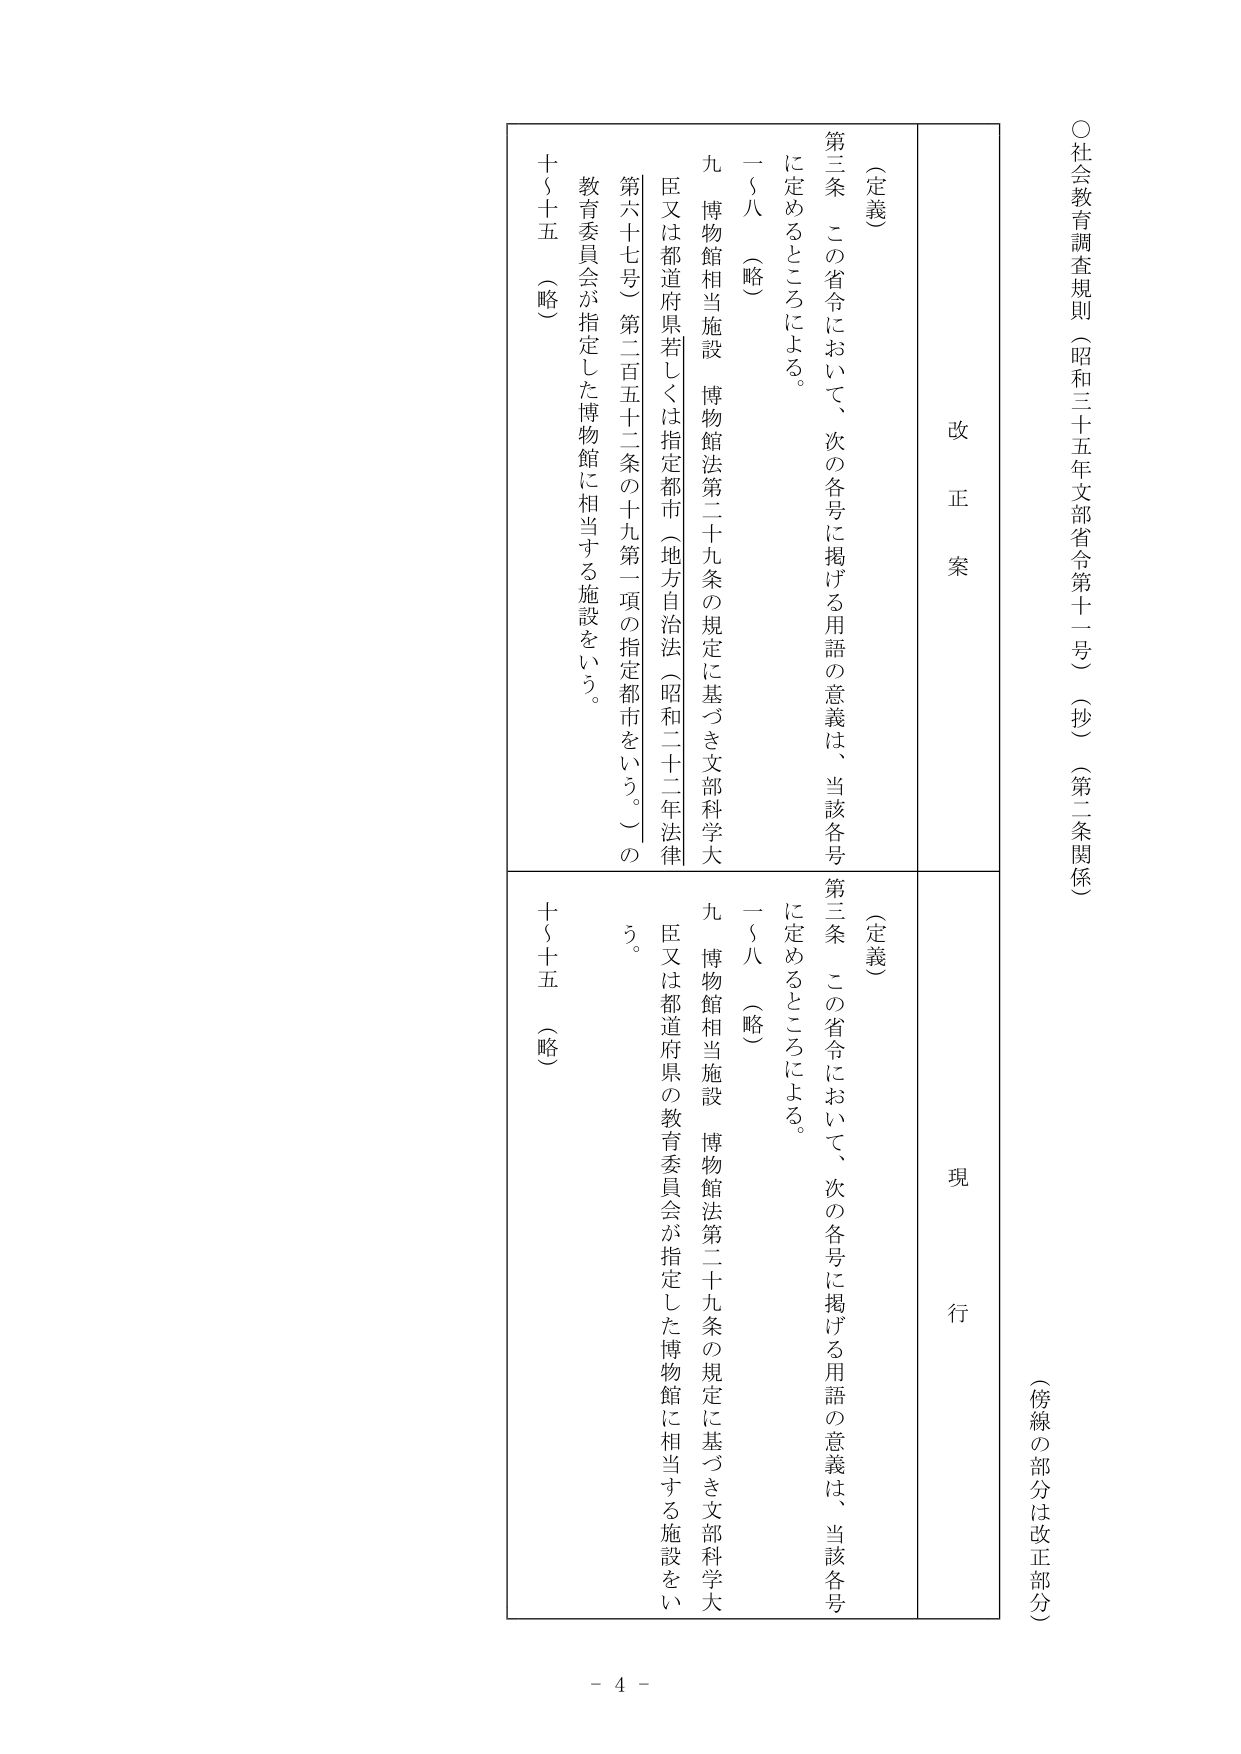
○社会教育調査規則（昭和三十五年文部省令第十二号）（抄）（第二条関係）

（傍線の部分は改正部分）

改正案

（定義）

第三条　この省令において、次の各号に掲げる用語の意義は、当該各号に定めるところによる。

一～八　（略）

九　博物館相当施設　博物館法第二十九条の規定に基づき文部科学大臣又は都道府県若しくは指定都市（地方自治法（昭和二十二年法律第六十七号）第二百五十二条の十九第一項の指定都市をいう。）の教育委員会が指定した博物館に相当する施設をいう。

十～十五　（略）

現行

（定義）

第三条　この省令において、次の各号に掲げる用語の意義は、当該各号に定めるところによる。

一～八　（略）

九　博物館相当施設　博物館法第二十九条の規定に基づき文部科学大臣又は都道府県の教育委員会が指定した博物館に相当する施設をいう。

十～十五　（略）

- 4 -